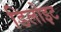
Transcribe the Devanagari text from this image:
डिलोइट